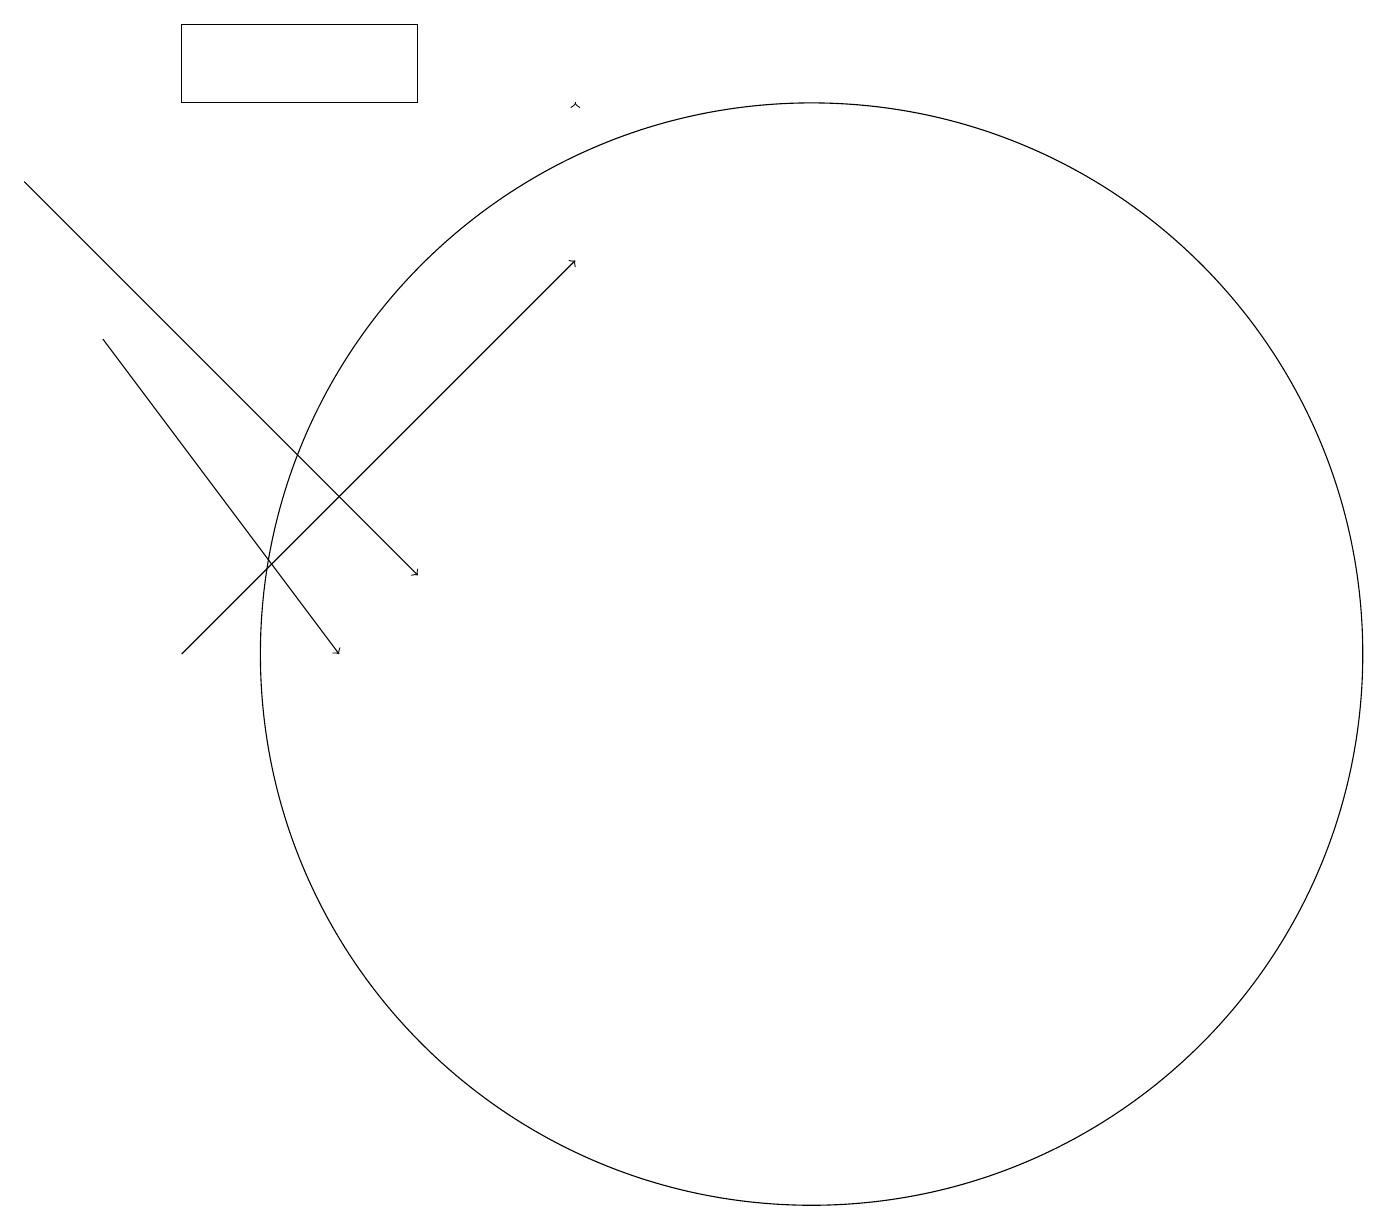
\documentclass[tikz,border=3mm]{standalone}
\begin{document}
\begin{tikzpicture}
\draw[->] (0,16) -- (5,11);
\draw[->] (2,10) -- (7,15);
\draw (2,18) rectangle (5,17);
\draw[->] (7,17) -- (7,17);
\draw (10,10) circle (7);
\draw[->] (1,14) -- (4,10);
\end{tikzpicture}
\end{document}